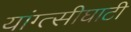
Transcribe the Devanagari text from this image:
यांग्त्सीघाटी